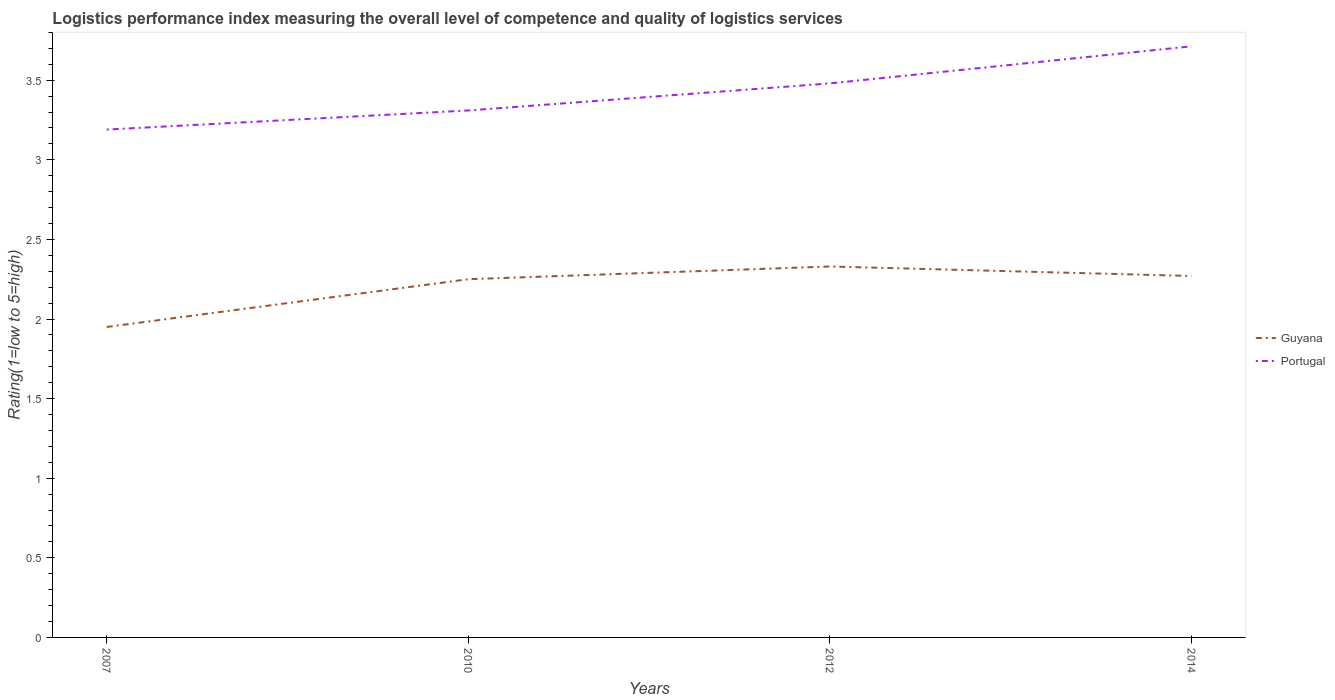
| Years | Guyana | Portugal |
 | --- | --- | --- |
 | 2007 | 1.95 | 3.19 |
 | 2010 | 2.25 | 3.31 |
 | 2012 | 2.33 | 3.48 |
 | 2014 | 2.27 | 3.71 |